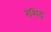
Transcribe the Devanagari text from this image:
रशिद